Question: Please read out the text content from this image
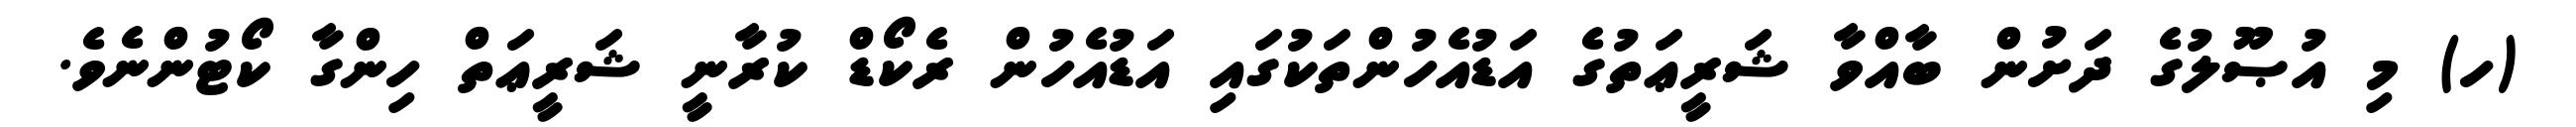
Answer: (ހ) މި އުޞޫލުގެ ދަށުން ބާއްވާ ޝަރީޢަތުގެ އަޑުއެހުންތަކުގައި އަޑުއެހުން ރެކޯޑް ކުރާނީ ޝަރީޢަތް ހިންގާ ކޯޓުންނެވެ.